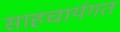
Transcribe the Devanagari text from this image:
साहचार्यगत